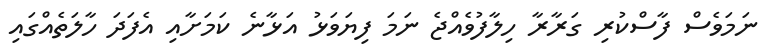
ނަމަވެސް ފާސްކުރި ގަރާރާ ހިލާފުވެއްޖެ ނަމަ ފިޔަވަޅު އަޅާނެ ކަމަށާއި އެފަދަ ހާލަތެއްގައި